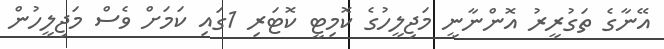
އޭނާގެ ތަގުރީރު އޮންނާނީ މަޖިލީހުގެ ކޮމިޓީ ކޮޓަރި 1ގައި ކަމަށް ވެސް މަޖިލީހުން